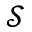
\mathcal { S }